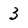
Character: 3